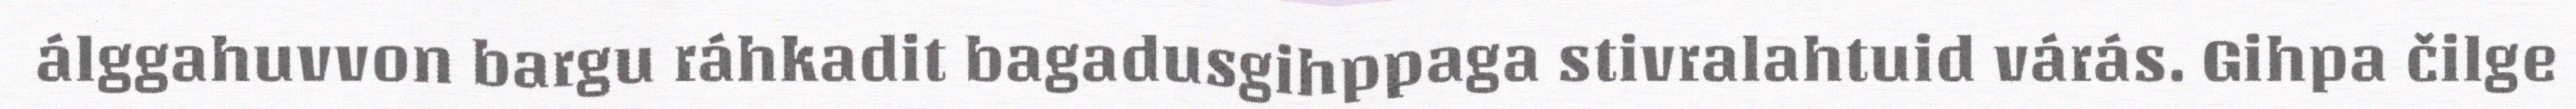
álggahuvvon bargu ráhkadit bagadusgihppaga stivralahtuid várás. Gihpa čilge